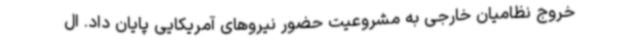
خروج نظامیان خارجی به مشروعیت حضور نیروهای آمریکایی پایان داد. ال